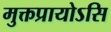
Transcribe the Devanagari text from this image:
मुक्तप्रायोऽसि